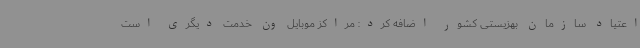
اعتیاد سازمان بهزیستی کشور اضافه کرد: مراکز موبایل ون خدمت دیگری است